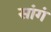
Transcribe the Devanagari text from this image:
सांगं